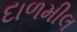
દાળમીલ